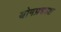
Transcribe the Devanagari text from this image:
योगप्रकाश